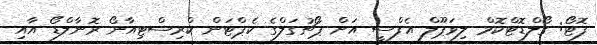
ފޮޓޯ: ގޯލްޑޮޓްކޮމް ލިވަޕޫލް އެފްސީ އަށް ޕޯޗުގަލްގެ ކެޕްޓަން ކްރިސްޓިއާނޯ ރޮނާލްޑޯ އާއި